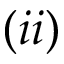
( i i )